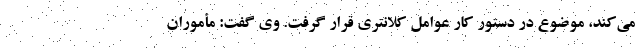
می‌کند، موضوع در دستور کار عوامل کلانتری قرار گرفت. وی گفت: مأموران